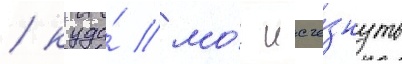
/ куда́ мо́г исче́знуть